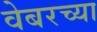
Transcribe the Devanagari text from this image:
वेबरच्या